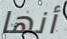
أنها